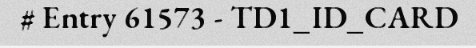
# Entry 61573 - TD1_ID_CARD